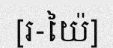
[រ-យ៉ៃ]